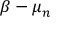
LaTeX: { \boldsymbol { \beta } } - { \boldsymbol { \mu } } _ { n }